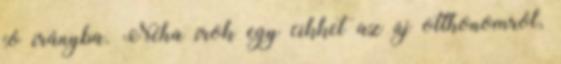
jó irányba. Néha írok egy cikket az új otthonomról,